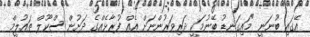
އޭގައި ބުނަނީ "މައިގަނޑު ބޭނުމަކީ ދަރިވަރުންނަށް އެއް ފުރާޅެއްގެ ދަށުން ސްކޫލް ތައުލީމް